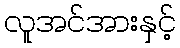
လူအင်အားနှင့်